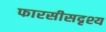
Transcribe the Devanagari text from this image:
फारसीसदृश्य